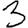
Digit: 3